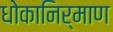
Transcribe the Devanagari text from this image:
धोकानिर्माण